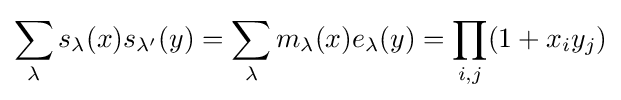
\sum _{\lambda }s_{\lambda }(x)s_{\lambda '}(y)=\sum _{\lambda }m_{\lambda }(x)e_{\lambda }(y)=\prod _{i,j}(1+x_{i}y_{j})